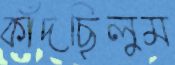
কাঁদছিলুম